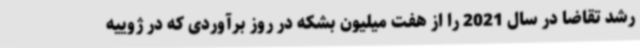
رشد تقاضا در سال 2021 را از هفت میلیون بشکه در روز برآوردی که در ژوییه